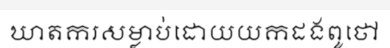
ឃាតករសម្លាប់ដោយយកដងពូថៅ